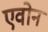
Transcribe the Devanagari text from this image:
एवोन